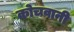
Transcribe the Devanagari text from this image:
कोचवानी